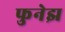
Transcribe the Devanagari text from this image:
फुनेझ